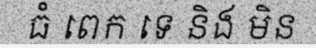
ធំ ពេក ទេ និង មិន